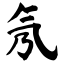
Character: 氖